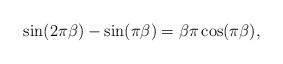
LaTeX: \begin{align*}\sin(2\pi\beta)-\sin(\pi\beta)=\beta\pi\cos(\pi\beta),\end{align*}